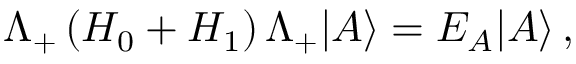
\Lambda _ { + } \left( H _ { 0 } + H _ { 1 } \right) \Lambda _ { + } | A \rangle = E _ { A } | A \rangle \, ,